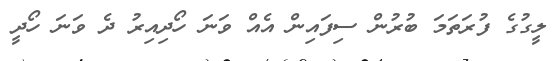
ލީގުގެ ފުރަތަމަ ބުރުން ސިފައިން އެއް ވަނަ ހޯދިއިރު ދެ ވަނަ ހޯދީ